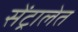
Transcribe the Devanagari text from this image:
सेंट्रालेत